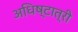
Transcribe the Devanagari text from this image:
अधिष्टात्री